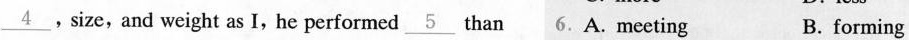
\underline{4} ,size,and weight as I,he performed \underline{5}than 6.A. Meeting B. forming